Plague in India, 1896, 1897 - Volume 4
Year: 1896
Disease focus: Plague
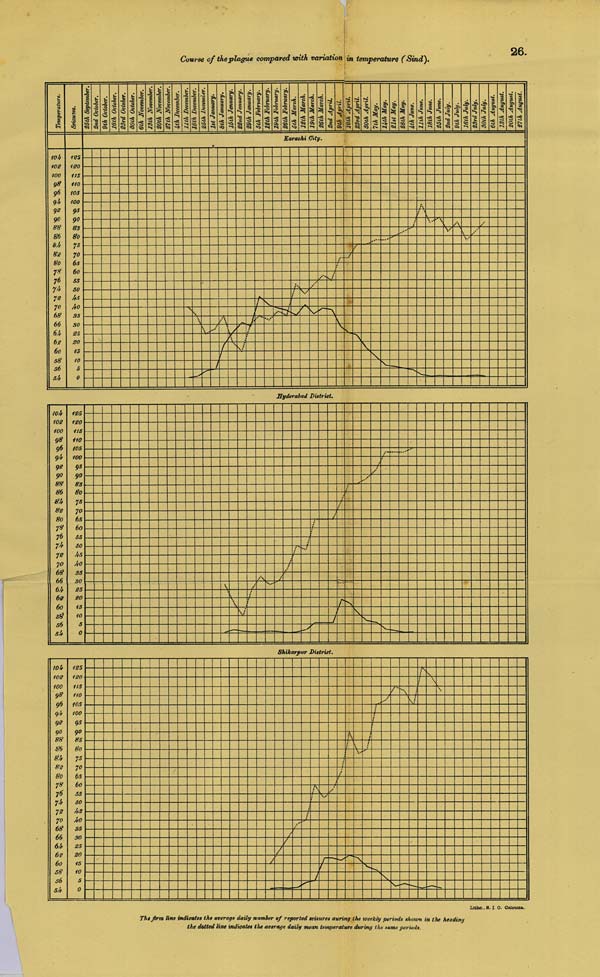
26.
Course of the plague compared with variation in temperature (Sind).
Hyderabad District.
Shikarpur District.
Litho., S. I. O. Calcutta.
The firm line indicates the average daily number of reported seizures during the weekly periods shown in the heading
the dotted line indicates the average daily mean temperature during the same periods.